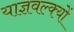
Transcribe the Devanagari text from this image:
याज्ञवल्क्यों